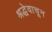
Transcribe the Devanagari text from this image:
श्रद्धेवाचून